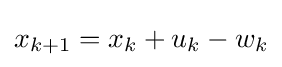
x_{k+1}=x_{k}+u_{k}-w_{k}